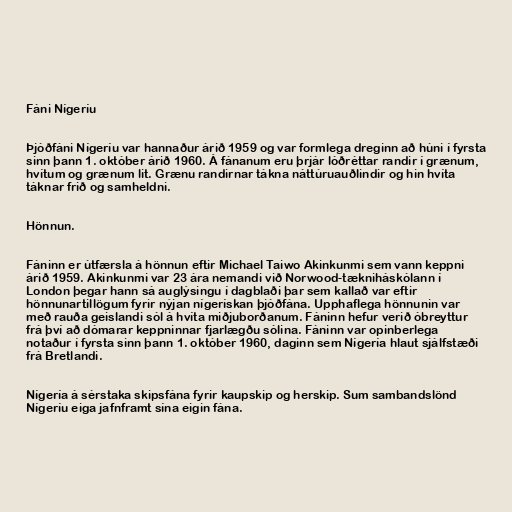
Fáni Nígeríu

Þjóðfáni Nígeríu var hannaður árið 1959 og var formlega dreginn að húni í fyrsta
sinn þann 1. október árið 1960. Á fánanum eru þrjár lóðréttar randir í grænum,
hvítum og grænum lit. Grænu randirnar tákna náttúruauðlindir og hin hvíta
táknar frið og samheldni.

Hönnun.

Fáninn er útfærsla á hönnun eftir Michael Taiwo Akinkunmi sem vann keppni
árið 1959. Akinkunmi var 23 ára nemandi við Norwood-tækniháskólann í
London þegar hann sá auglýsingu í dagblaði þar sem kallað var eftir
hönnunartillögum fyrir nýjan nígerískan þjóðfána. Upphaflega hönnunin var
með rauða geislandi sól á hvíta miðjuborðanum. Fáninn hefur verið óbreyttur
frá því að dómarar keppninnar fjarlægðu sólina. Fáninn var opinberlega
notaður í fyrsta sinn þann 1. október 1960, daginn sem Nígería hlaut sjálfstæði
frá Bretlandi.

Nígería á sérstaka skipsfána fyrir kaupskip og herskip. Sum sambandslönd
Nígeríu eiga jafnframt sína eigin fána.